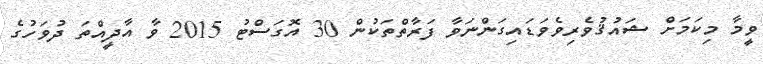
ވީމާ މިކަމަށް ޝައުޤުވެރިވެވަޑައިގަންނަވާ ފަރާތްތަކުން 30 އޮގަސްޓު 2015 ވާ އާދީއްތަ ދުވަހުގެ